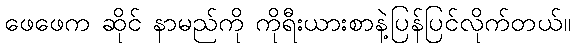
ဖေဖေက ဆိုင် နာမည်ကို ကိုရီးယားစာနဲ့ပြန်ပြင်လိုက်တယ်။